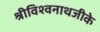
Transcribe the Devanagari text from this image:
श्रीविश्वनाथजीके